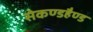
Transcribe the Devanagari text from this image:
सेकण्डहैण्ड